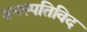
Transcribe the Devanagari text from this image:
वनस्पतिविद